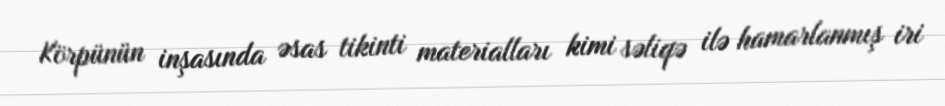
Körpünün inşasında əsas tikinti materialları kimi səliqə ilə hamarlanmış iri